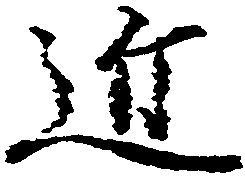
近